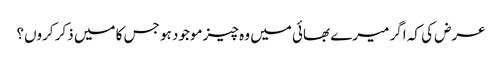
عرض کی کہ اگر میرے بھائی میں وہ چیز موجود ہو جس کا میں ذکر کروں؟